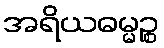
အရိယဓမ္မဉ္စ